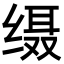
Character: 𦈙